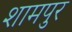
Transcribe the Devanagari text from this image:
शामपुर